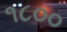
૧૮૦૦